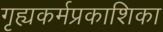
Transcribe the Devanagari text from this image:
गृह्यकर्मप्रकाशिका